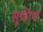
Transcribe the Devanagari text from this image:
सूफीयों